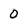
Character: 0